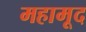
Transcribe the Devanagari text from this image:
महामूद